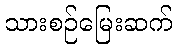
သားစဉ်မြေးဆက်